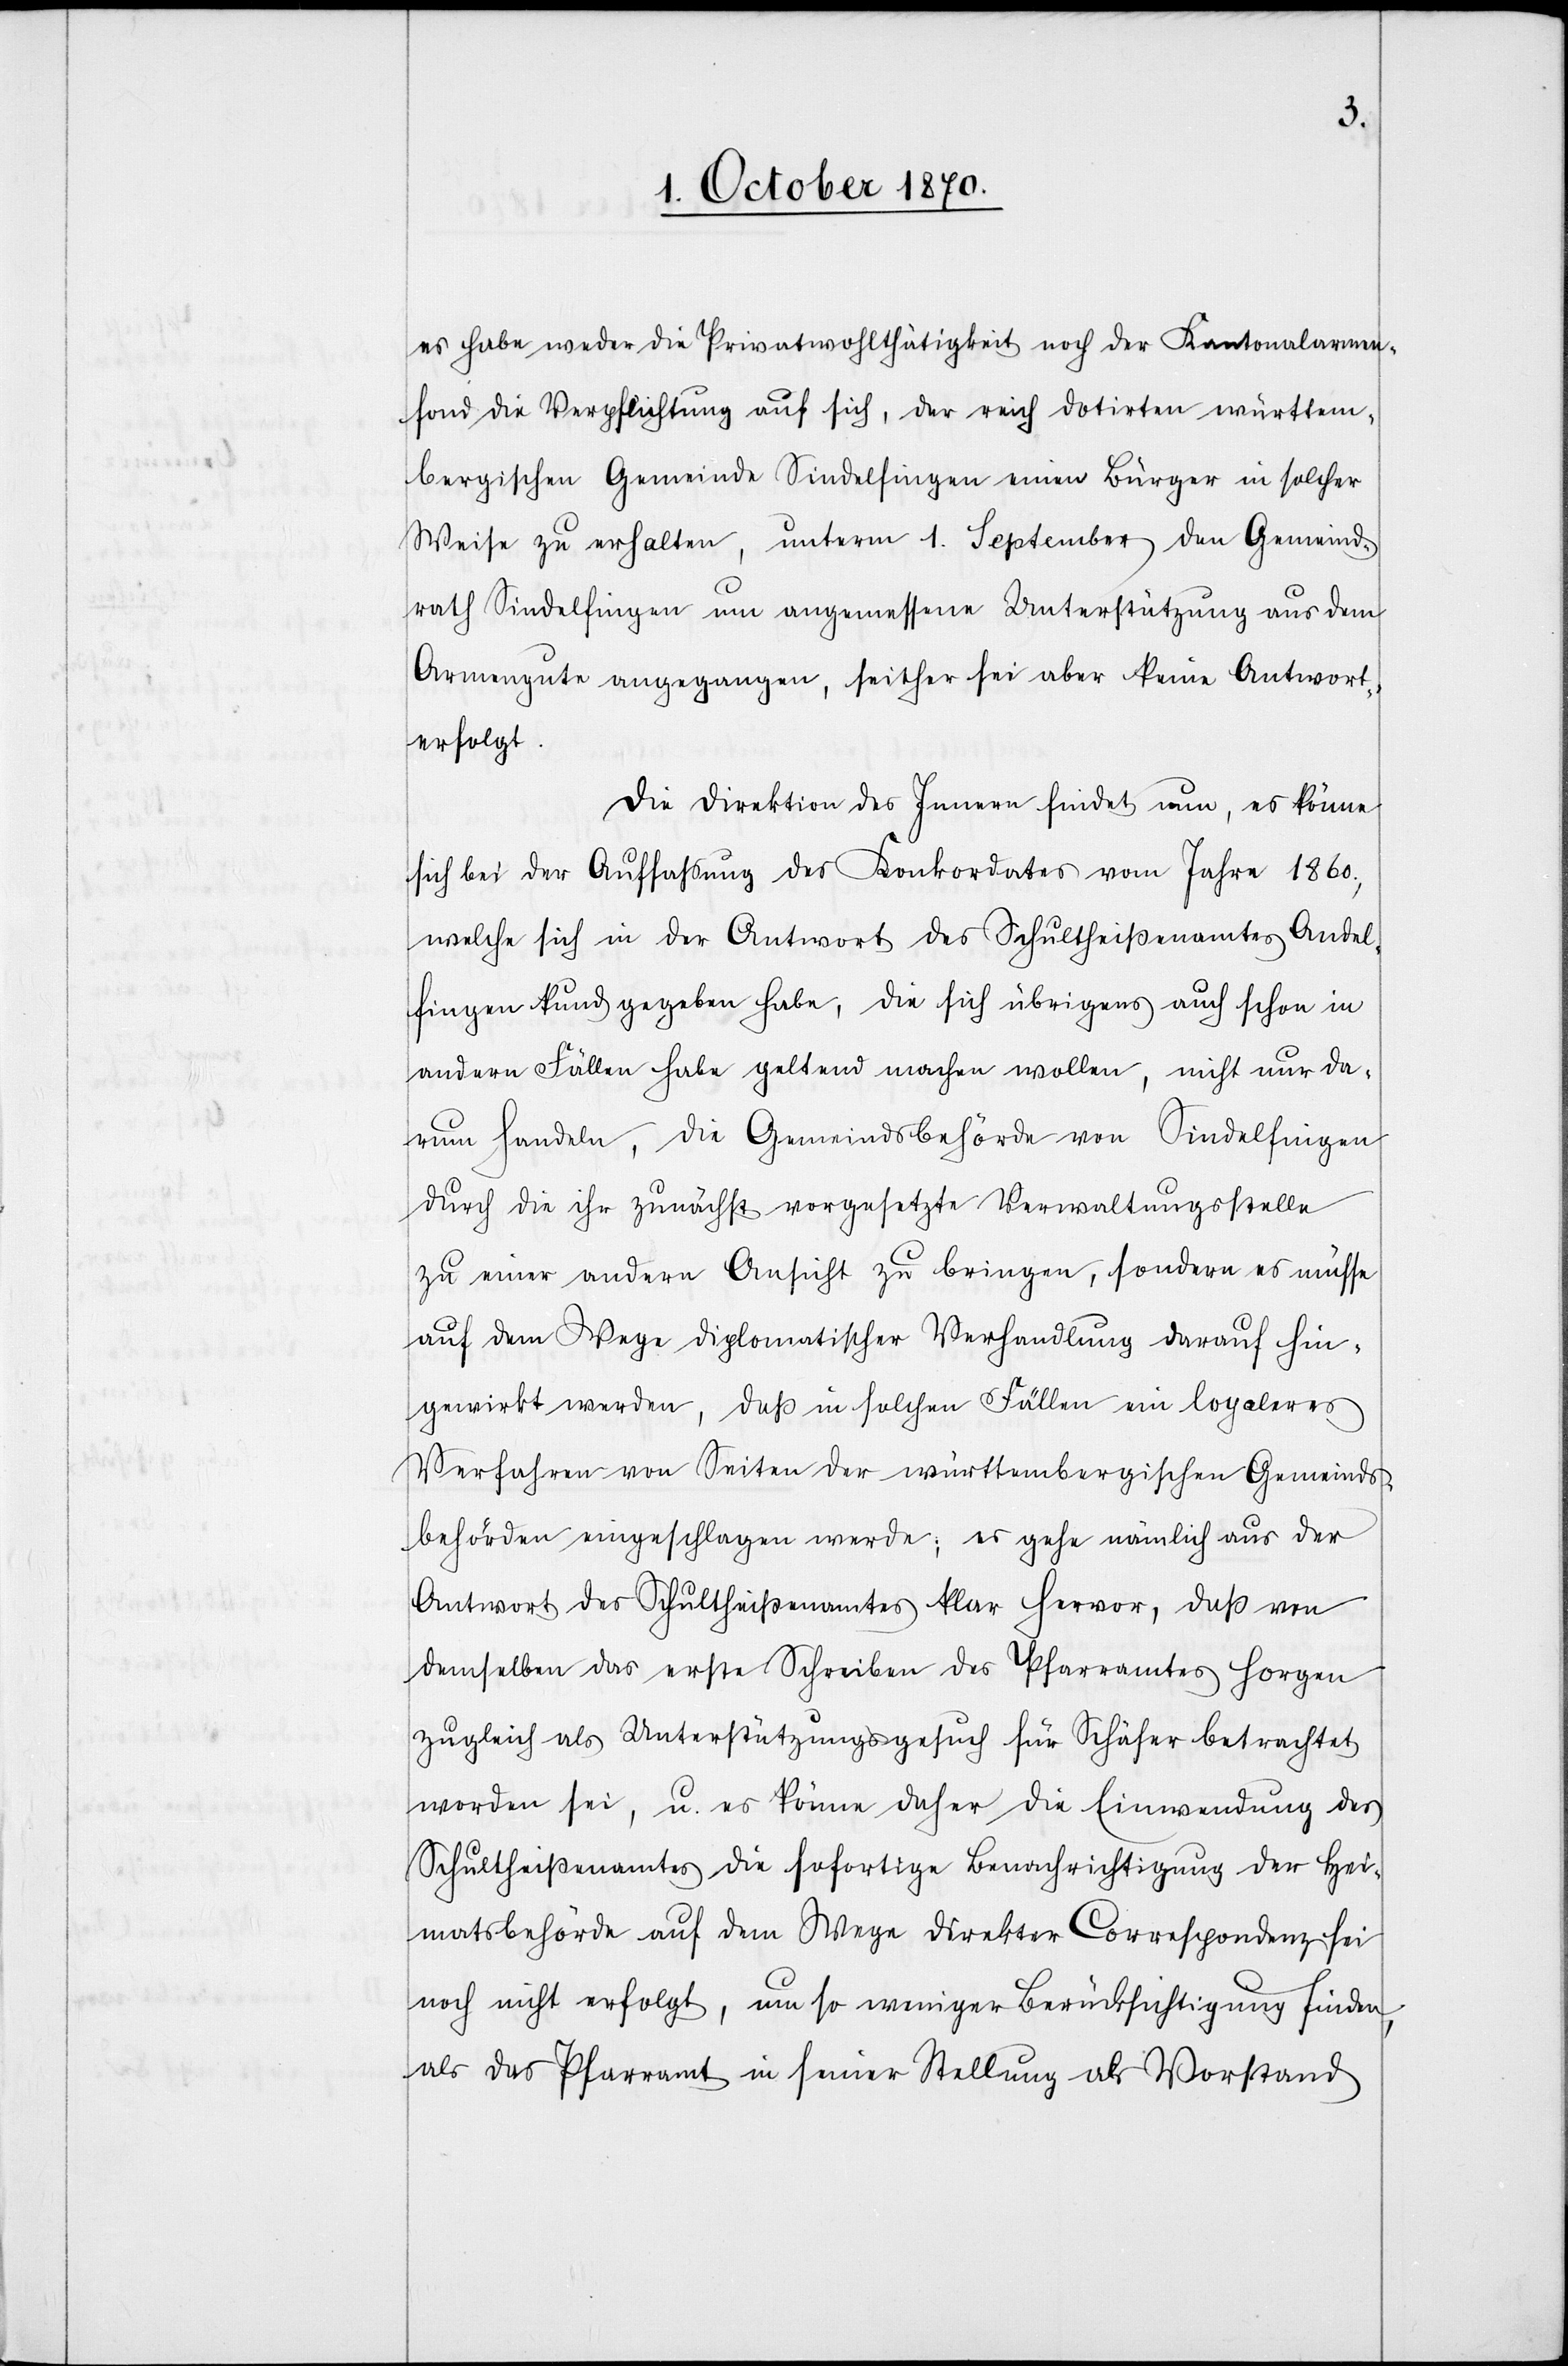
es habe weder die Privatwohlthätigkeit noch der Kantonalarmen¬
fond die Verpflichtung auf sich, der reich dotirten württem¬
bergischen Gemeinde Sindelfingen einen Bürger in solcher
Weise zu erhalten, unterm 1. September den Gemeind¬
rath Sindelfingen um angemessene Unterstützung aus dem
Armengute angegangen, seither sei aber keine Antwort
erfolgt.
Die Direktion des Innern findet nun, es könne
sich bei der Auffassung des Konkordates vom Jahre 1860,
welche sich in der Antwort des Schultheißamtes Andel¬
fingen kund gegeben habe, die sich übrigens auch schon in
andern Fällen habe geltend machen wollen, nicht nur da¬
rum handeln, die Gemeindsbehörde von Sindelfingen
durch die ihr zunächst vorgesetzte Verwaltungsstelle
zu einer andern Ansicht zu bringen, sondern es müsse
auf dem Wege diplomatischer Verhandlung darauf hin¬
gewirkt werden, daß in solchen Fällen ein loyaleres
Verfahren von Seiten der württembergischen Gemeinds¬
behörde eingeschlagen werde, es gehe nämlich aus der
Antwort des Schultheißenamtes klar hervor, daß von
demselben das erste Schreiben des Pfarramtes Horgen
zugleich als Unterstützungsgesuch für Schäfer betrachtet
worden sei, u. es könne daher die Einwendung des
Schultheißenamtes die sofortige Benachrichtigung der Hei¬
matsbehörde auf dem Wege direkter Correspondenz sei
noch nicht erfolgt, um so weniger Berücksichtigung finden,
als das Pfarramt in seiner Stellung als Vorstand